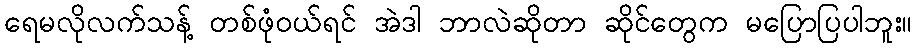
ရေမလိုလက်သန့် တစ်ဖုံဝယ်ရင် အဲဒါ ဘာလဲဆိုတာ ဆိုင်တွေက မပြောပြပါဘူး။